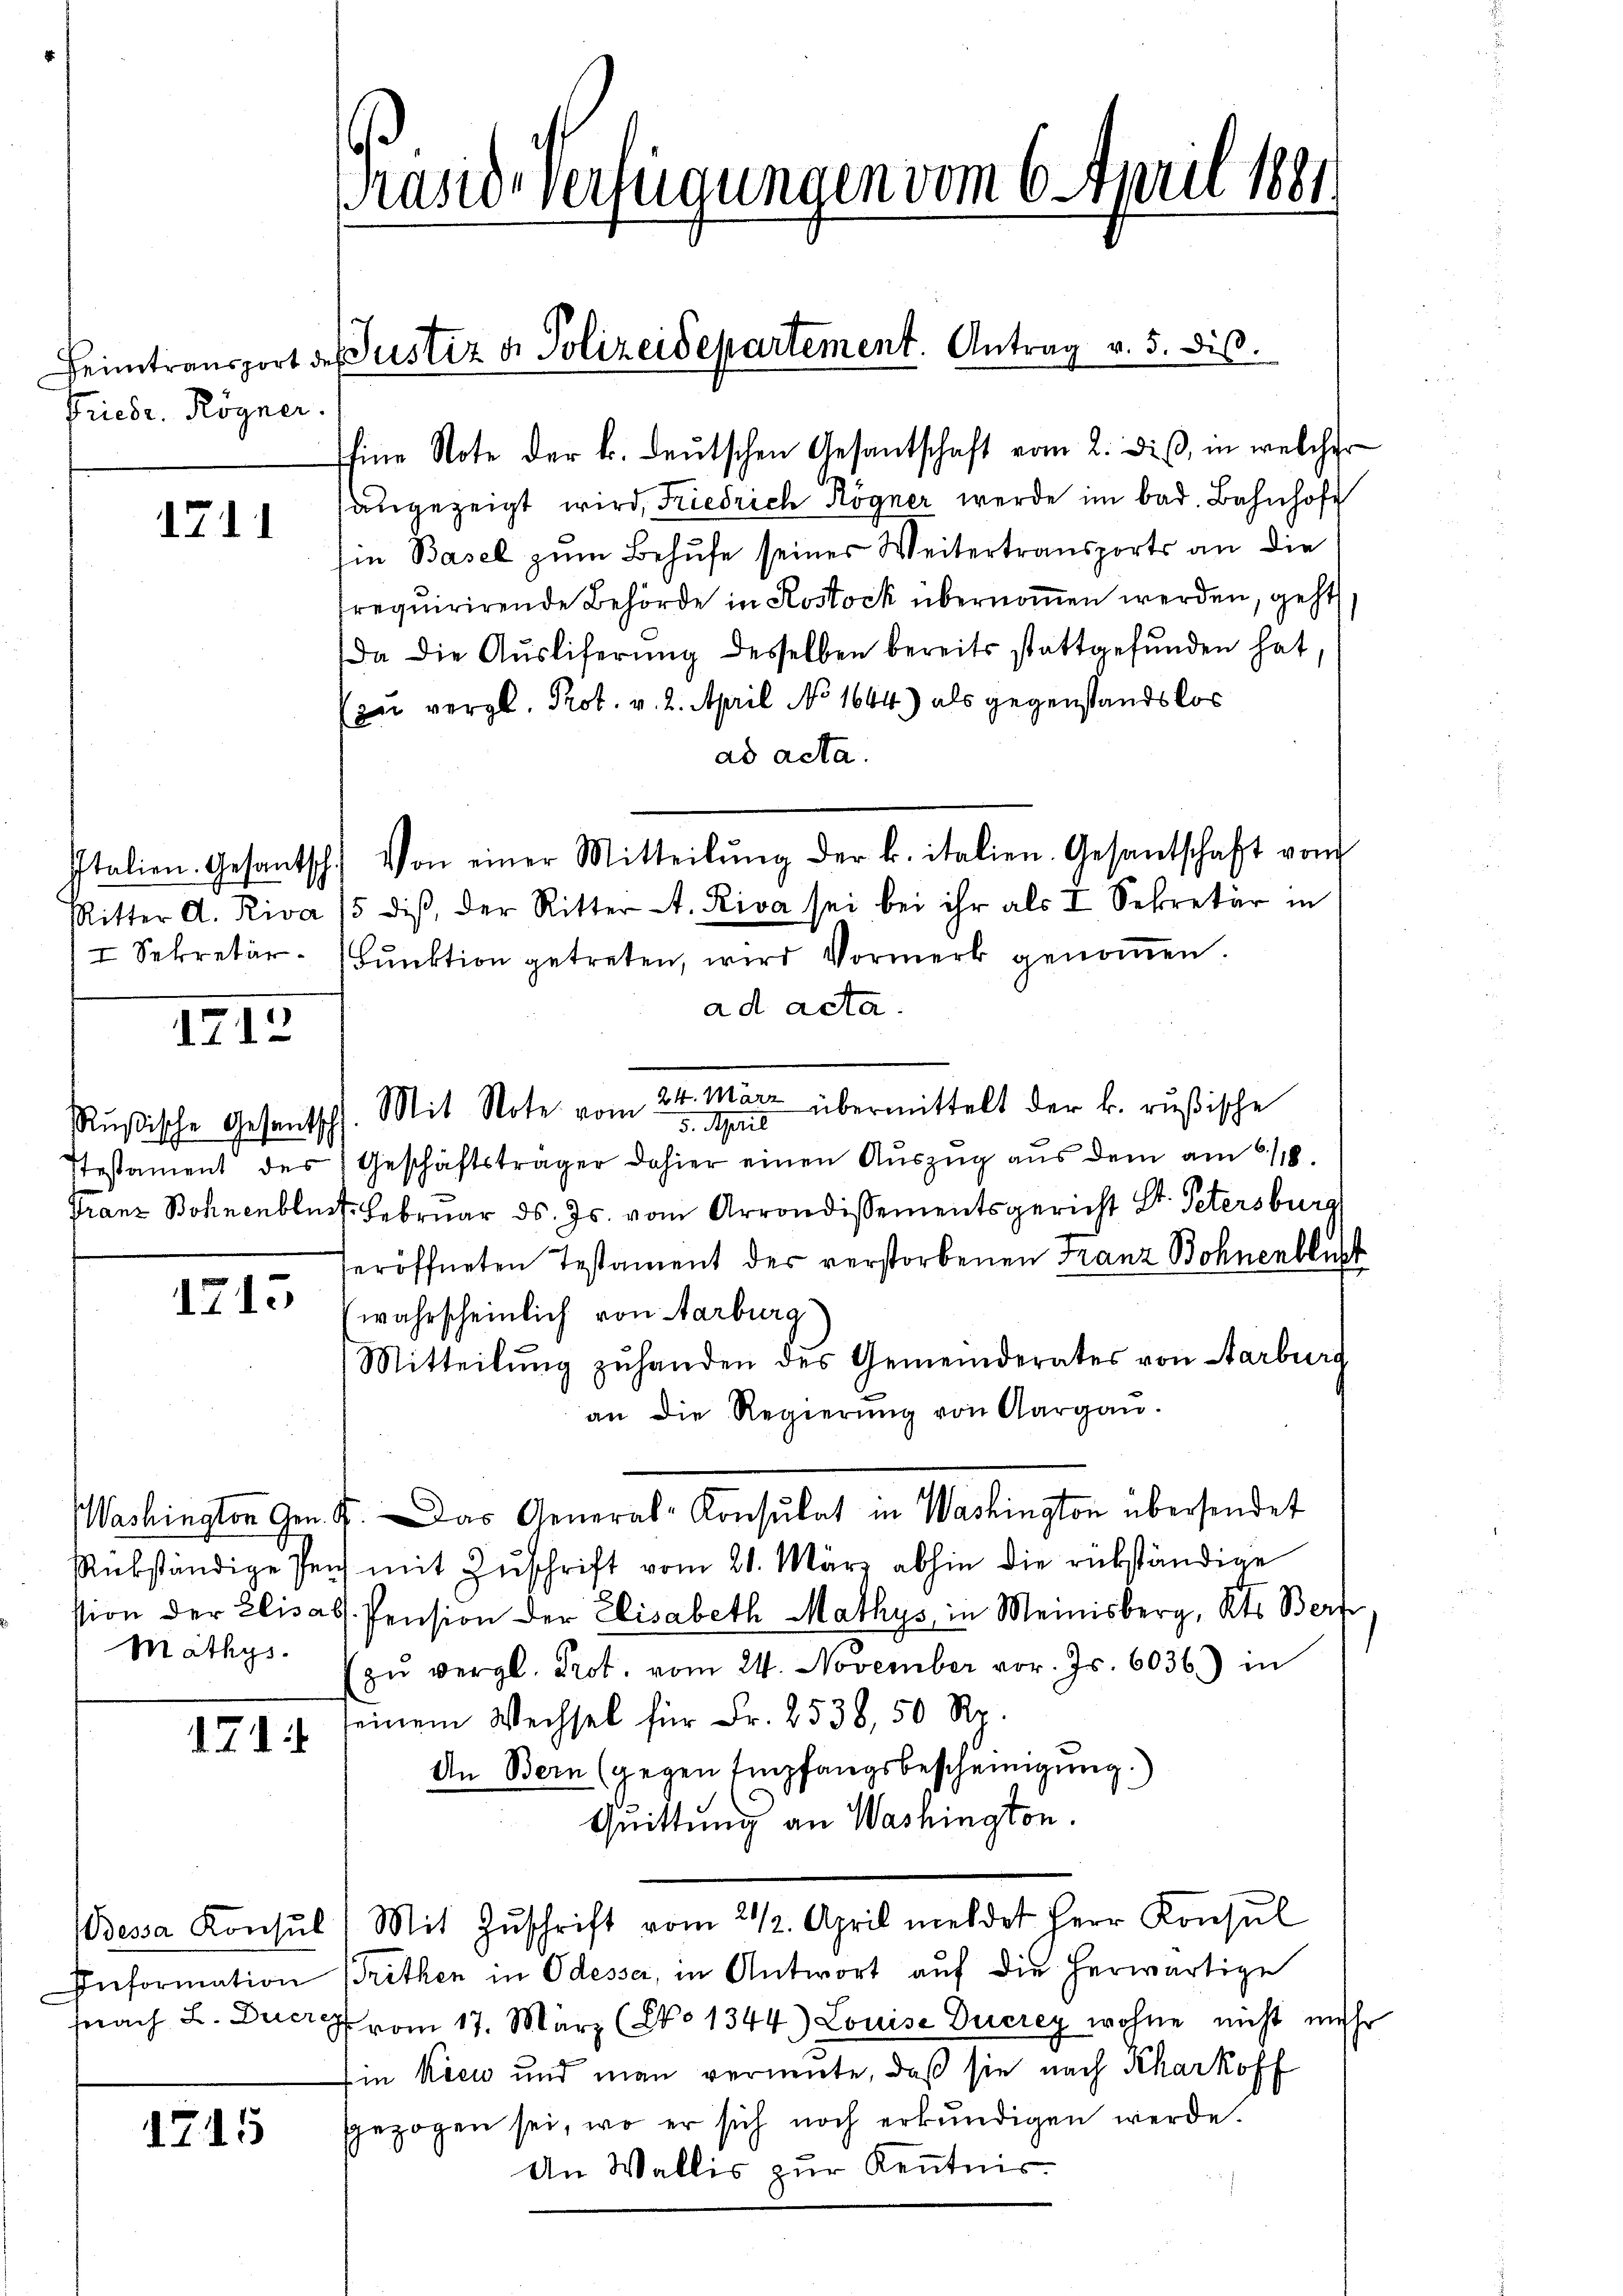
Friedr. Rögner.

1711

I Sekretär

1712

Rußische Gesantsch

1215

Mäthys.

1744

145

Information

rasid-Verfügungen vom 6. April 1881

hine Note der k. deutschen Gesantschaft vom 2. dieß, in welcher
angezeigt wird, Friedrich Kögner werde im bad. Bahnhof
Ein Basel zum Behufe seiner Weitertransports an die
trequirirende Behörde in Rostock übernommen werden, geht
da die Auslieferung desselben bereits stattgefunden hat
(zu vergl. Prot. v. 2. April No 1644.) als gegenstandslos
ad acta.
Ritter A. Riva 15 diβ, der Ritter A. Riva sei bei ihr als I. Sekretär in
Funktion getreten, wird Vormerk genoṁen.
ad acta.
24. März
übermittelt der k. rußische
Mit Note vom
3. April
Itestament des Geschäftsträger dahier einen Auszug aus dem am 118.
Franz Bohnenblust. Februar d. Js. vom Arrondissementsgericht St. Petersburg
seröffneten Testament der verstorbenen Franz Bohnenblich
wahrscheinlich von Aarburg
Mitteilŭng zŭ handen des Gemeinderates von Aarburs
an die Regierŭng von Aargaŭ.
Washington Gen. J. Das General-Consulat in Washington übersendet
Rükständige Pens mit Zŭschrift vom 21. März abhin die rükständige
stion der Elisass. Pension der Elisabeth Mathys in Meinisberg, Kts. Beri
zŭ vergl. Prot. vom 24. November vor. Js. 6036) in
seinem Wechsel für Fr. 2538, 50 Rp.
An Bern (gegen Empfangsbescheinigung.)
Quittung an Washington.
essa Konsŭl) Mit Zŭschrift vom 21/2. April meldet Herr Konsul
Tröthen in Odesser, in Antwort auf die herwärtige
fnach L. Ducrg vom 17. März (No 1344) Louise Ducrey wohne nicht mit
Ein Kien und man vernente, daß sie nach Kharkoff
ggezogen sei, wo er sich noch erkŭndigen werde.
An Wallis zur Kenntnis

eimtransport des Justiz & Polizeidepartement. Antrag v. 5. dis.

Italien. Gesantsch. Von einer Mitteilŭng der k. italien. Gesantschaft vom

r